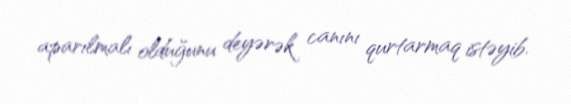
aparılmalı olduğunu deyərək canını qurtarmaq istəyib.